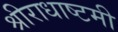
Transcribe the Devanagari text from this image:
श्रीराधाष्टमी